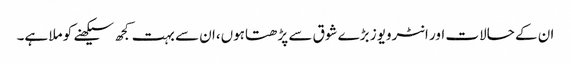
ان کے حالات اور انٹرویوز بڑے شوق سے پڑھتاہوں،ان سے بہت کجھ سیکھنے کو ملا ہے۔